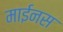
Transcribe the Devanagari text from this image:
माईनस